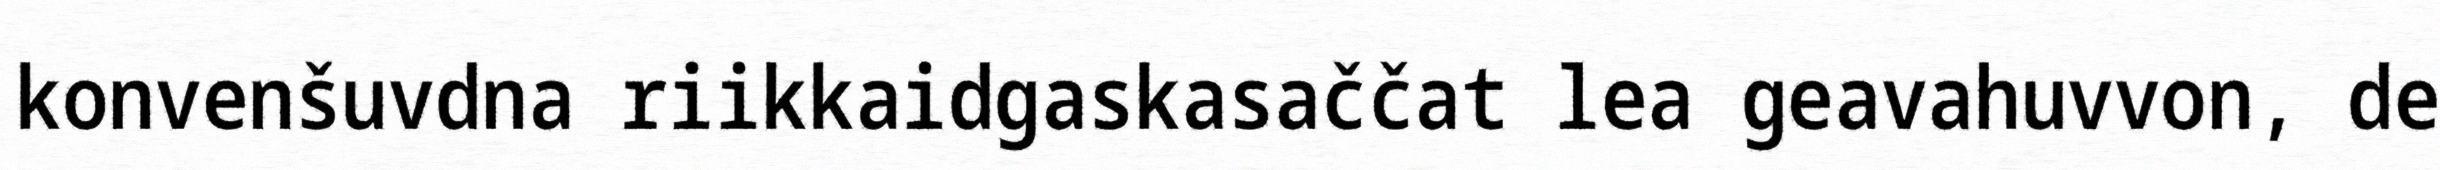
konvenšuvdna riikkaidgaskasaččat lea geavahuvvon, de